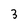
Character: 3